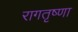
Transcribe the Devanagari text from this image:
रागतृष्णा